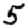
Digit: 5